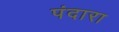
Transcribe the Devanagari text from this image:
पंदारा